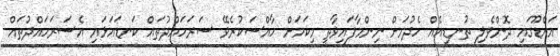
އައްޑޫގައި ދޮންވެލި ތުނޑިއެއް ހެދުމަށް ނިންމާފައިވާތީ މިކަމަށް ހާއްސަކުރެވޭ ސަރަހައްދުތައް ކަނޑައަޅައި އެސަރަހައްދުތައް